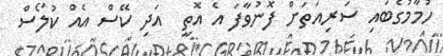
ހުމާމުގެބައި ސަރިއަތަށް ފޮނުވާފަ އެ އޮތީ  އަދި ކޭސް އެއް ކުލޯސް